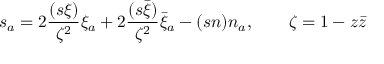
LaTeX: s _ { a } = 2 \frac { ( s \xi ) } { \zeta ^ { 2 } } \xi _ { a } + 2 \frac { ( s \bar { \xi } ) } { \zeta ^ { 2 } } \bar { \xi } _ { a } - ( s n ) n _ { a } , \qquad \zeta = 1 - z \bar { z }